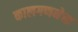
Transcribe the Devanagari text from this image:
कालगणनेचा